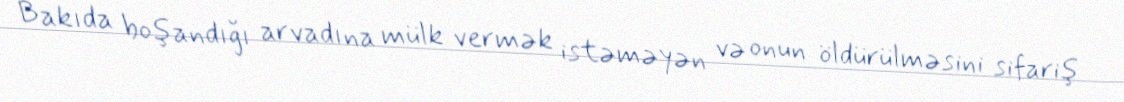
Bakıda boşandığı arvadına mülk vermək istəməyən və onun öldürülməsini sifariş